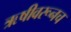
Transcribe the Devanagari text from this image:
ऋषीवरूनच